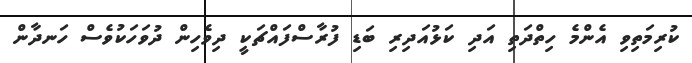
ކުރިމަތިވި އެންމެ ހިތްދަތި އަދި ކަޅުއަދިރި ބަޑި ފުރާސްފައްޗަކީ ދިވެހިން ދުވަހަކުވެސް ހަނދާން